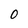
Character: 0